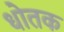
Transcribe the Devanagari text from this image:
धोतक